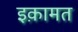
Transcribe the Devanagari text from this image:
इक़ामत